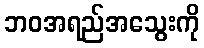
ဘဝအရည်အသွေးကို